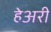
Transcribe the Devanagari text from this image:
हेअरी